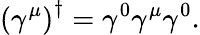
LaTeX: \left(\gamma^{\mu}\right)^{\dagger}=\gamma^{0}\gamma^{\mu}\gamma^{0}.